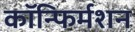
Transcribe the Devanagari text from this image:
कॉन्फिर्मशन